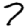
Digit: 7